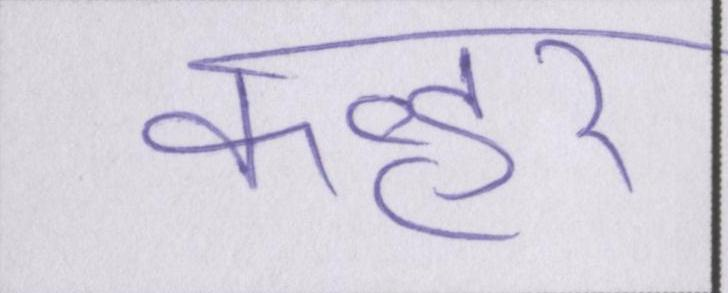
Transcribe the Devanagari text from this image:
कव्हर